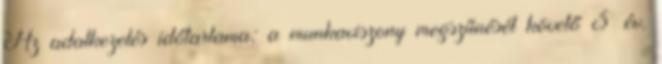
Az adatkezelés időtartama: a munkaviszony megszűnését követő 3 év.